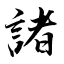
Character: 諸